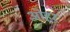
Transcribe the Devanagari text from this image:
ओहर